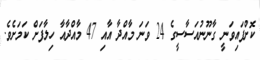
ކޮށްފައިވަނީ ގާނޫނުއަސާސީގެ 24 ވަނަ މާއްދާ އާއި 47 މާއްދާއާ ހިލާފަށް ކަމަށެވެ.